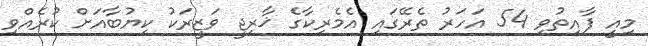
މިއީ ފާއިތުވި 54 އަހަރު ތެރޭގައި އެމެރިކާގެ ޚާރިޖީ ވަޒީރަކު ކިޔުބާއަށް ކުރެއްވި